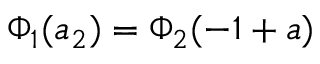
\Phi _ { 1 } ( a _ { 2 } ) = \Phi _ { 2 } ( - 1 + a )